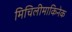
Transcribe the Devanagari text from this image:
मिचिलीमाकिनेक